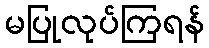
မပြုလုပ်ကြရန်